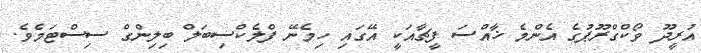
އުރީދޫ ވޯކްގްރޫޕުގެ އެންމެ ޚާއްސަ ފީޗާއަކީ އޭގައި ހިމެނޭ ފްލެކްސިބަލް ބިލިންގް ސިސްޓަމެވެ.